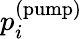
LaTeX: p_{i}^{(\mathrm{pump})}